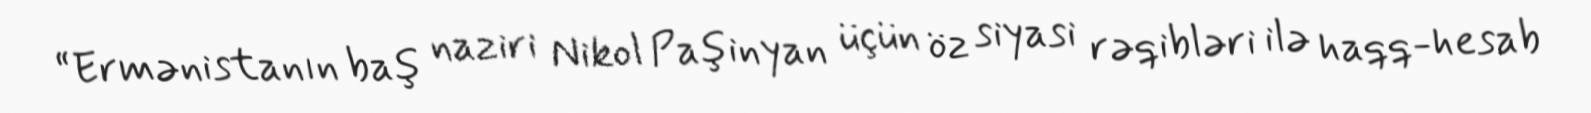
“Ermənistanın baş naziri Nikol Paşinyan üçün öz siyasi rəqibləri ilə haqq-hesab